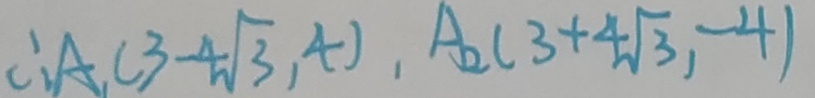
\therefore A _ { 1 } ( 3 - 4 \sqrt { 3 } , 4 ) , A _ { 2 } ( 3 + 4 \sqrt { 3 } , - 4 )